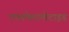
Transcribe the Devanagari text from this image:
एफामेलानोटाइड